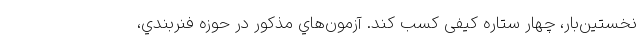
نخستين‌بار، چهار ستاره كيفی كسب كند. آزمون‌هاي مذكور در حوزه فنربندي،